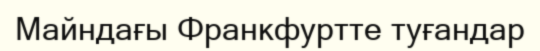
Майндағы Франкфуртте туғандар